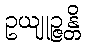
ဥယျုဉ္ဇန္တိ